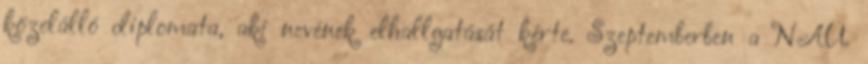
közelálló diplomata, aki nevének elhallgatását kérte. Szeptemberben a NAÜ